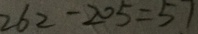
2 6 2 - 2 0 5 = 5 7